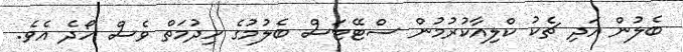
ބެލުން އަދި ޗެކު ކްލިއާކުރުމުން ސްޓޭޓަސް ބެލުމުގެ ހިދުމަތް ވެސް ހޯދެ އެވެ.